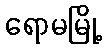
ရောမမြို့